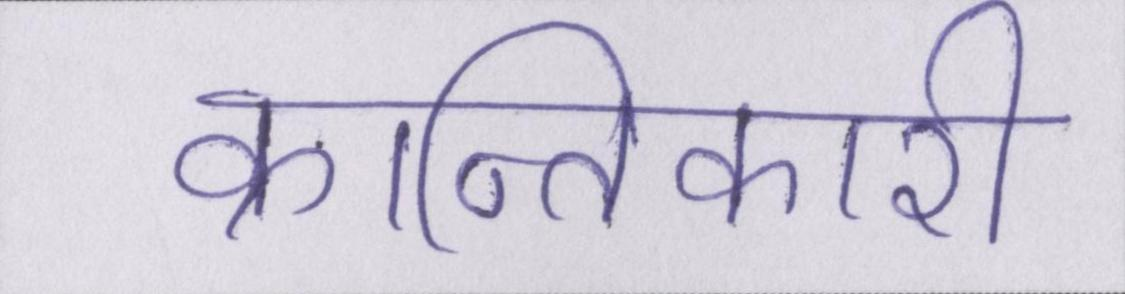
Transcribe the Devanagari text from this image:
क्रान्तिकारी